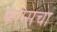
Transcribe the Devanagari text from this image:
फोन्सचा